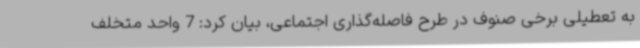
به تعطیلی برخی صنوف در طرح فاصله‌گذاری اجتماعی، بیان کرد: 7 واحد متخلف